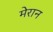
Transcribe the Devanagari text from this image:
मेरान